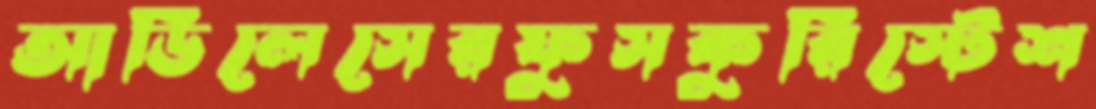
আর্ডিলেসেরফুসকুরিস্টেশ